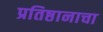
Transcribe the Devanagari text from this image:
प्रतिष्ठानाचा